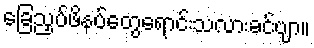
ခြေညှပ်ဖိနပ်တွေရောင်းသလားခင်ဗျာ။